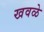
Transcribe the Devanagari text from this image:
खवळे